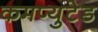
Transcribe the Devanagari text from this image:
कमप्युटेड